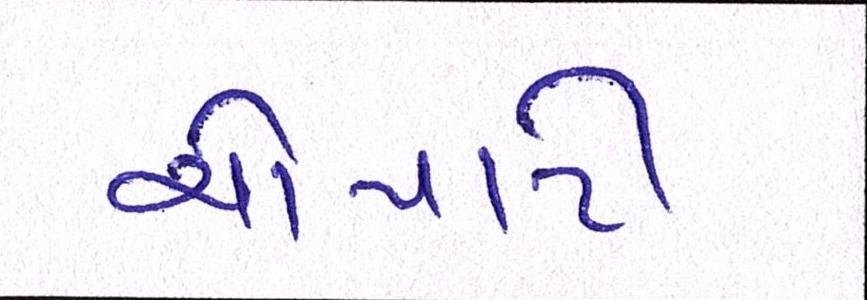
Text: ચોપાટી